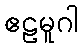
ဧဠမူဂါ